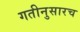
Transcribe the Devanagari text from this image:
गतीनुसारच